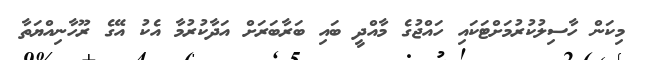
މިކަން ހާސިލުކުރުމަށްޓަކައި ހައްޖުގެ މާއްދީ ބައި ބަރާބަރަށް އަދާކުރުމާ އެކު އޭގެ ރޫހާނިއްޔަތާ